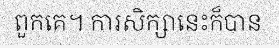
ពួកគេ។ ការសិក្សានេះក៏បាន